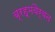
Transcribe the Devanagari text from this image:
ब्रह्मवैर्वत